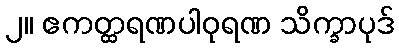
၂။ ဧကတ္ထရဏပါဝုရဏ သိက္ခာပုဒ်